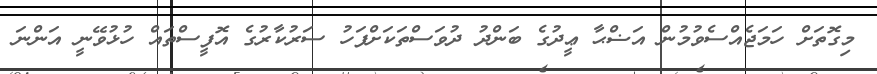
މިގޮތަށް ހަމަޖެއްސެވުމުން އަޟްޙާ ޢީދުގެ ބަންދު ދުވަސްތަކަށްފަހު ސަރުކާރުގެ އޮފީސްތައް ހުޅުވޭނީ އަންނަ